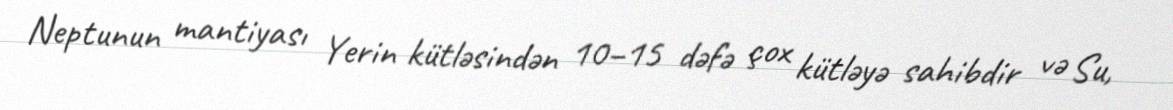
Neptunun mantiyası Yerin kütləsindən 10–15 dəfə çox kütləyə sahibdir və Su,